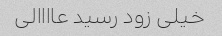
خیلی زود رسید عاااالی